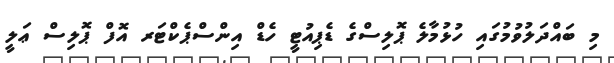
މި ބައްދަލުވުމުގައި ހުޅުމާލެ ޕޮލިސްގެ ޑެޕިއުޓީ ހެޑް އިންސްޕެކްޓަރ އޮފް ޕޮލިސް ޢަލީ